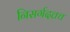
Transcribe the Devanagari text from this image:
निसर्गदत्तच